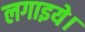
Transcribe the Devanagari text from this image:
लगाइये।